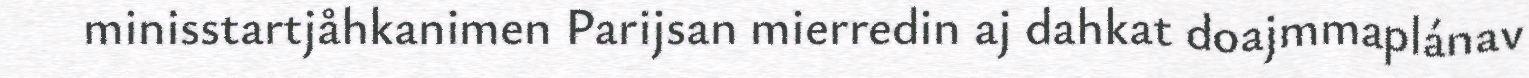
minisstartjåhkanimen Parijsan mierredin aj dahkat doajmmaplánav